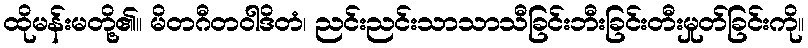
ထိုမန်းမတို့၏။ မိတဂီတဝါဒိတံ၊ ညင်းညင်းသာသာသီခြင်းဘီးခြင်းတီးမှုတ်ခြင်းကို။